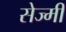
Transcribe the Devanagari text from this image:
सेज्मी